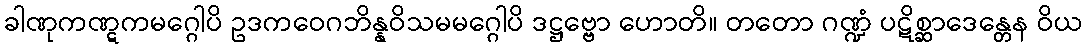
ခါဏုကဏ္ဋကမဂ္ဂေါပိ ဥဒကဝေဂဘိန္နဝိသမမဂ္ဂေါပိ ဒဋ္ဌဗ္ဗော ဟောတိ။ တတော ဂဏ္ဍံ ပဋိစ္ဆာဒေန္တေန ဝိယ